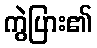
ကွဲပြား၏